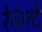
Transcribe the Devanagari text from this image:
रेबेल्दे